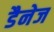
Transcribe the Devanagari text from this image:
डैनेज